Annual report of the Punjab Veterinary College and of the Civil Veterinary Department, Punjab - 1920-1925
Year: 1920
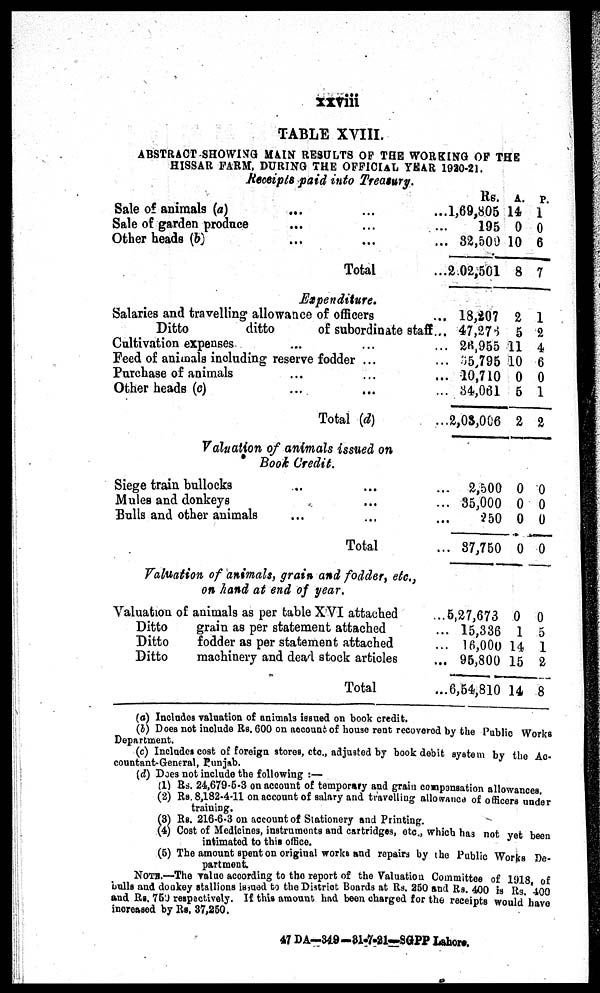
xxviii
TABLE XVIII.
ABSTRACT SHOWING MAIN RESULTS OF THE WORKING OF THE
HISSAR FARM, DURING THE OFFICIAL YEAR 1920-21.
Receipts paid into Treasury.
Sale of animals (a)
Sale of garden produce
Other heads (b)
...
...
...
...
...
...
Total
...
...
...
...
Rs.
1,69,805
195
82,500
2.02,501
A.
14
0
10
8
P.
1
0
6
7
Expenditure.
Salaries and travelling allowance of officers
Ditto
ditto
of subordinate staff
Cultivation expenses ... ...
Feed of animals including reserve fodder ...
Purchase of animals
Other heads (c)
...
...
...
...
Total (d)
...
...
...
...
...
...
...
18,207
47,276
26,955
35,795
10,710
34,061
2,03,006
2
5
11
10
0
5
2
1
2
4
6
0
1
2
Valuation of animals issued on
Book Credit.
Siege train bullocks
Mules and donkeys
Bulls and other animals
...
...
...
...
...
Total
...
...
...
...
2,500
35,000
250
87,750
0
0
0
0
0
0
0
0
Valuation of animals, grain and fodder, etc.,
on hand at end of year.
Valuation of animals as per table XVI attached
Ditto
Ditto
Ditto
grain as per statement attached
fodder as per statement attached
machinery and dead stock articles
Total
... 5,27,673
... 15,336
...
16,000
... 95,800
... 6,54,810
0
1
14
15
14
0
5
1
2
8
(a) Includes valuation of animals issued on book credit.
(b) Does not include Rs. 600 on account of house rent recovered by the Public Works
Department.
(c) Includes cost of foreign stores, etc., adjusted by book debit system by the Ac-
countant-General, Punjab.
(d) Does not include the following:—
(1) Rs. 24,679-5-3 on account of temporary and grain compansation allowances.
(2) Rs. 8,182-4-11 on account of salary and travelling allowance of officers under
training.
(3) Rs. 216-6-3 on account of Stationery and Printing.
(4) Cost of Medicines, instruments and cartridges, etc., which has not yet been
intimated to this office.
(5) The amount spent on original works and repairs by the Public Works De-
partment.
NOTE.—The value acoording to the report of the Valuation Committee of 1918 of
bulls and donkey stallions issued to the District Boards at Rs. 250 and Rs. 400 is Rs. 400
and Rs. 750 respectively. If this amount had been charged for the receipts would have
increased by Rs. 37,250.
47 DA-349-31-7-21—SGPP Lahore.